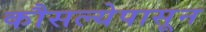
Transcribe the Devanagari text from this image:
कौसल्येपासून